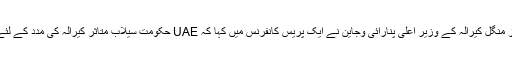
21 اگست بروز منگل کیرالہ کے وزیر اعلی پنارائی وجاین نے ایک پریس کانفرنس میں کہا کہ UAE حکومت سیلاب متاثر کیرالہ کی مدد کے لئے آگے آئی ہے۔